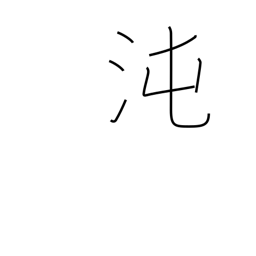
Meaning: primeval chaos